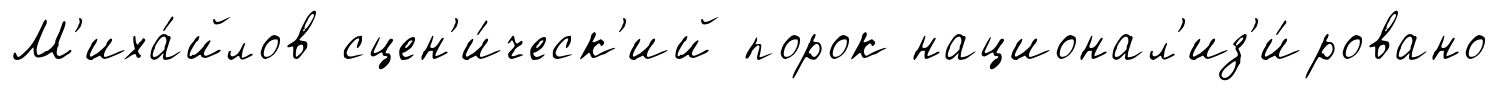
М'иха́йлов сцен'и́ческ'ий порок национал'из'и́ровано